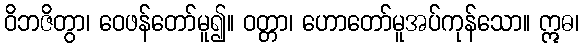
ဝိဘဇိတွာ၊ ဝေဖန်တော်မူ၍။ ဝတ္တာ၊ ဟောတော်မူအပ်ကုန်သော။ ဣဓ၊